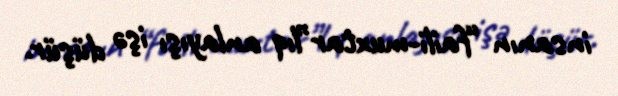
insanın “faili-muxtar”lıq anlayışı işə düşür.